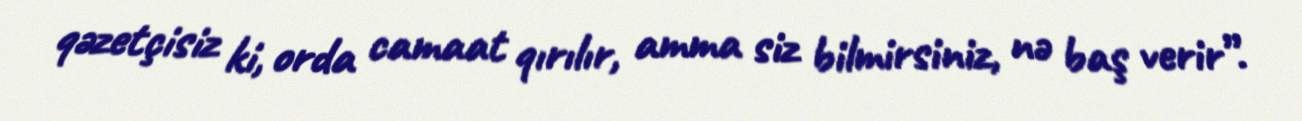
qəzetçisiz ki, orda camaat qırılır, amma siz bilmirsiniz, nə baş verir”.